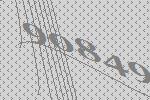
90849